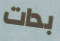
بدات